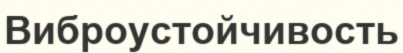
Виброустойчивость